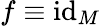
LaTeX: f\equiv\mathrm{id}_{M}